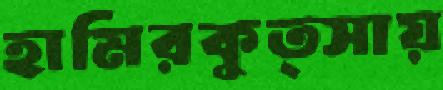
হামিরকুত্সায়